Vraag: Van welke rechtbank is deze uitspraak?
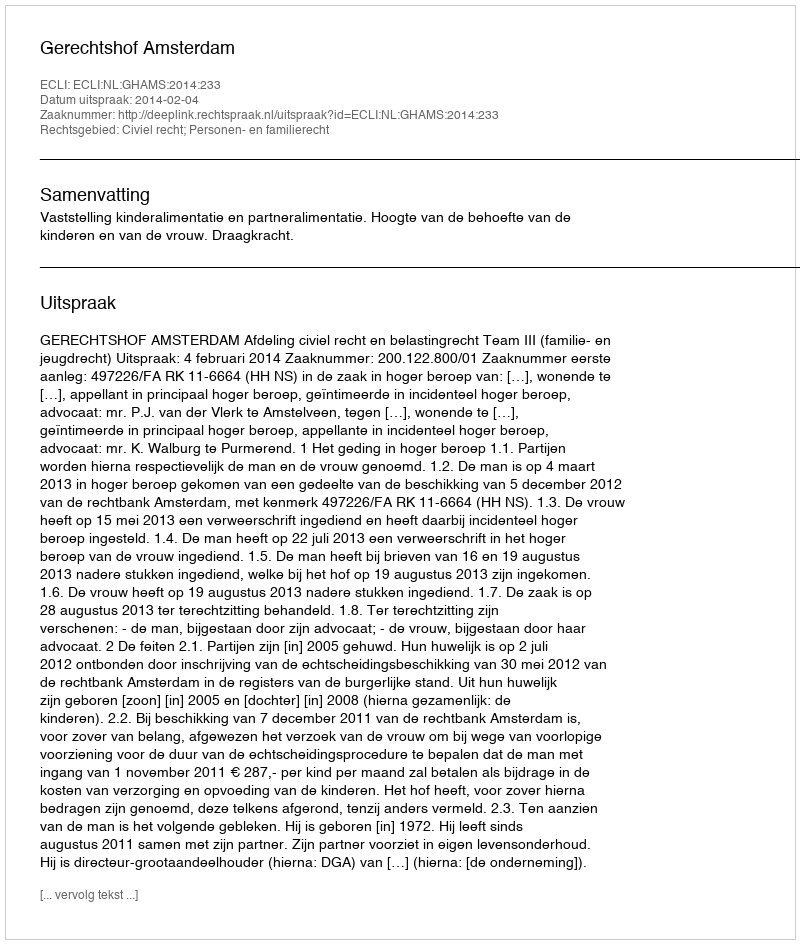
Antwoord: Gerechtshof Amsterdam